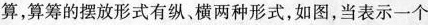
算，算筹的摆放形式有纵、横两种形式，如图，当表示一个